Report of an investigation of the epidemic of malarial fever in Assam, or, kala-azar
Disease focus: Malaria
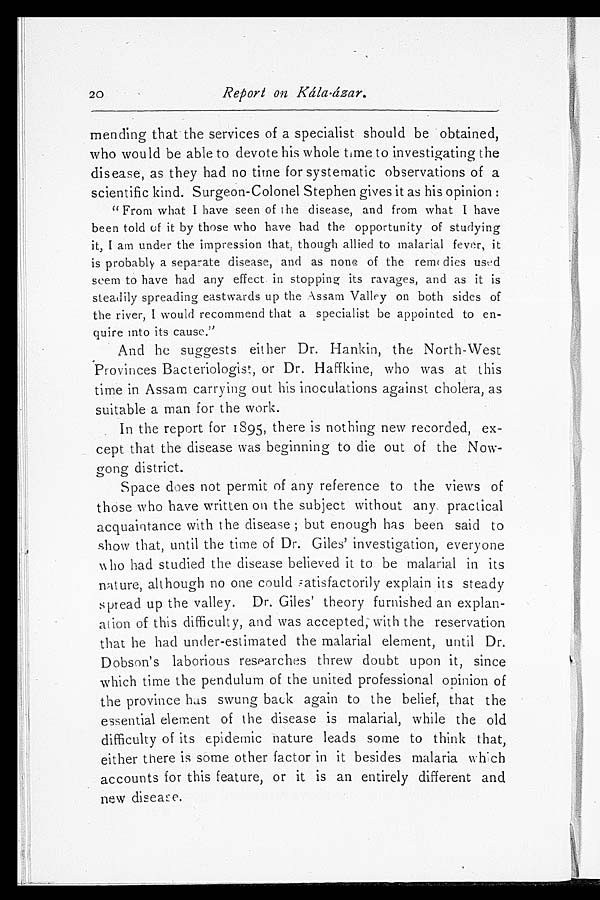
Report on Kála-ázar.
mending that the services of a specialist should be obtained,
who would be able to devote his whole time to investigating the
disease, as they had no time for systematic observations of a
scientific kind. Surgeon-Colonel Stephen gives it as his opinion:
"From what I have seen of the disease, and from what I have
been told of it by those who have had the opportunity of studying
it, I am under the impression that, though allied to malarial fever, it
is probably a separate disease, and as none of the rermedies used
seem to have had any effect in stopping its ravages, and as it is
steadily spreading eastwards up the Assam Valley on both sides of
the river, I would recommend that a specialist be appointed to en-
quire into its cause."
And he suggests either Dr. Hankin, the North-West
Provinces Bacteriologist, or Dr. Haffkine, who was at this
time in Assam carrying out his inoculations against cholera, as
suitable a man for the work.
In the report for 1895, there is nothing new recorded, ex-
cept that the disease was beginning to die out of the Now-
gong district.
Space does not permit of any reference to the views of
those who have written on the subject without any practical
acquaintance with the disease; but enough has been said to
show that, until the time of Dr. Giles' investigation, everyone
who had studied the disease believed it to be malarial in its
nature, although no one could satisfactorily explain its steady
spread up the valley. Dr. Giles' theory furnished an explan-
ation of this difficulty, and was accepted, with the reservation
that he had under-estimated the malarial element, until Dr.
Dobson's laborious researches threw doubt upon it, since
which time the pendulum of the united professional opinion of
the province has swung back again to the belief, that the
essential element of the disease is malarial, while the old
difficulty of its epidemic nature leads some to think that,
either there is some other factor in it besides malaria which
accounts for this feature, or it is an entirely different and
new disease.
2 0